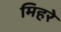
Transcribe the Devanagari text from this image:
मिहरे